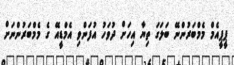
ޕީޕީއެމް މެމްބަރުންނޭ ބަލަގަ ތިޔާ އިހަށް ދުވަހު އުފަންވި އެމްޑީއޭ ގެ މެމްބަރުންނަށް